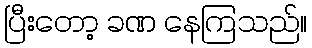
ပြီးတော့ ခဏ နေကြသည်။